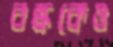
বস্ককেও